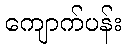
ကျောက်ပန်း